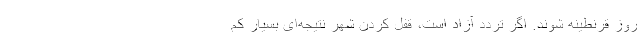
روز قرنطینه شوند. اگر تردد آزاد است، قفل کردن شهر نتیجه‌ای بسیار کم